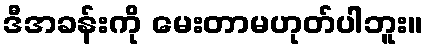
ဒီအခန်းကို မေးတာမဟုတ်ပါဘူး။